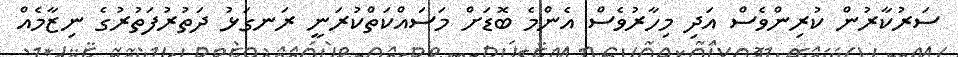
ސަރުކާރުން ކުރިންވެސް އަދި މިހާރުވެސް އެންމެ ބޮޑަށް މަސައްކަތްކުރަނީ ރަނގަޅު ދަތުރުފަތުރުގެ ނިޒާމެއް